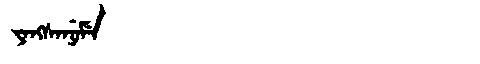
Manchu: ᠶᠠᠩᠰᠠᠨᡠᠮᡝ
Romanization: YANGSANUME